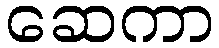
ဆေကာ